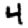
Digit: 4